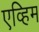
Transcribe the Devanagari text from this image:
एव्हिम